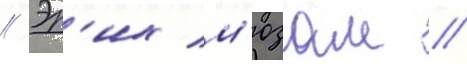
// Эр'их м'юзам //